Civil Veterinary Dept. Assam report 1927-50 - 1927-1950
Year: 1927
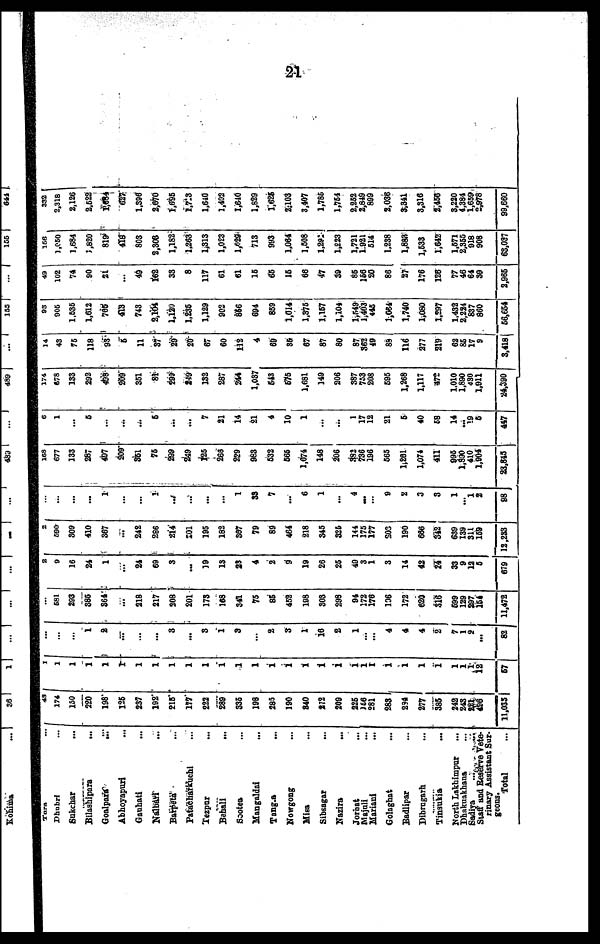
21
Tara ...
Dhubri ...
Sukchar ...
Bilashipara
...
Goalpars
...
Abhoyapuri ...
Ganhati ...
Nalbarl ...
Barpets ...
Patacharkuchi ...
Tezpur ...
Behali ...
Sootes ...
Mangaldal ...
Tingia ...
Nowgong ...
Misa ...
Sibsagar ...
Nazira ...
Jorhat ...
Majuli ...
Mariani ...
Golaghat ...
Badlipar ...
Dibrugarh ...
Tinsukia ...
North Lakhimpur ...
Dhakuakhana ...
Sadiya ... ...
Staff and Reserve Vete-
rinary Assistant Sur-
geons.
Total
...
43 174
150
220
198
125
237
192
215
177
223
289
335
198
285
190
240
372
209
325
156
281
283
284
277
385
242
248
321
496
11,035
1
1
1
1
1
1
1
1
1
1
1
1
1
1
1
1
1
1
1
1
1
1
1
1
1
1
1
1 1
12
57
...
...
...
1
2
...
...
...
3
...
3
1
3
...
2
3
1
16
2
1
... ...
4
4
4
2
7
1
2
...
82
... 581
293
386
364
...
218
217
208
201
173
168
341
75
85
452
188
303
298
94
172
176
136
172
620
316
599
129
397
154
11,472
2
9
16
24
1
...
24
69
3
...
19
13
23
4
2
9
19
26
25
49
3
1
3
14
42
24
33
9
13
5
679
2
590
309
410
367
...
242
286
214
201
195
182
367
79
89
464
218
345
325
144
175
177
203
190
666
342
639
139
311
159
12,233
...
...
...
...
1
...
...
1
...
...
...
...
1
33
7
...
6
1
...
4
...
...
9
2
3
3
1
... 1
2
98
168
677
133
287
497
209
361
76
299
249
125
268
229
983
532
666
1,674
148
206
392
736
136
665
1,281
1,074
411
995
1,890
410
1,904
23,845
8
1
...
5
...
...
...
6
...
...
7
21
14
21
4
10
1
...
...
1
17
12
21
5
40
58
14
... 19
5
447
174
478
133
292
498
209
351
81
299
249
132
287
244
1,037
643
675
1,681
149
206
387
753
208
595
1,268
1,117
472
1,010
1,890
430
1,911
24,390
14
43
75
118
93
5
11
37
29
20
67
60
112
4
69
35
67
87
80
87
362
49
89
116
277
219
62
86
17
9
3,418
93
906
1,535
1,612
705
413
743
2,104
1,130
1,235
1,129
902
856
694
859
1,014
1,375
1,157
1,104
1,549
1,403
445
1,064
1,740
1,080
1,297
1,432
2,234
837
860
56,654
49
102
74
90
21
...
49
162
33
8
117
61
61
15
65
15
66
47
39
85
156
20
86
27
176
126
77
46
64
39
2,965
108
1,050
1,684
1,820
819
418
803
2,306
1,182
1,263
1,313
1,023
1,029
713
993
1,064
1,508
1,291
1,223
1,721
1,921
514
1,238
1,883
1,533
1,642
1,571
2,355
918
908
68,037
332
2,318
2,126
2,522
1,684
627
1,396
2,670
1,695
1,713
1,640
1,402
1,640
1,829
1,626
3,103
3,407
1,785
1,754
2,262
2,849
899
2,036
3,341
3,316
2,456
3,220
4,384
1,659
2,978
99,660